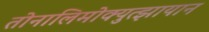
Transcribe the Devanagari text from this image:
तोनालिमोक्युत्झायान